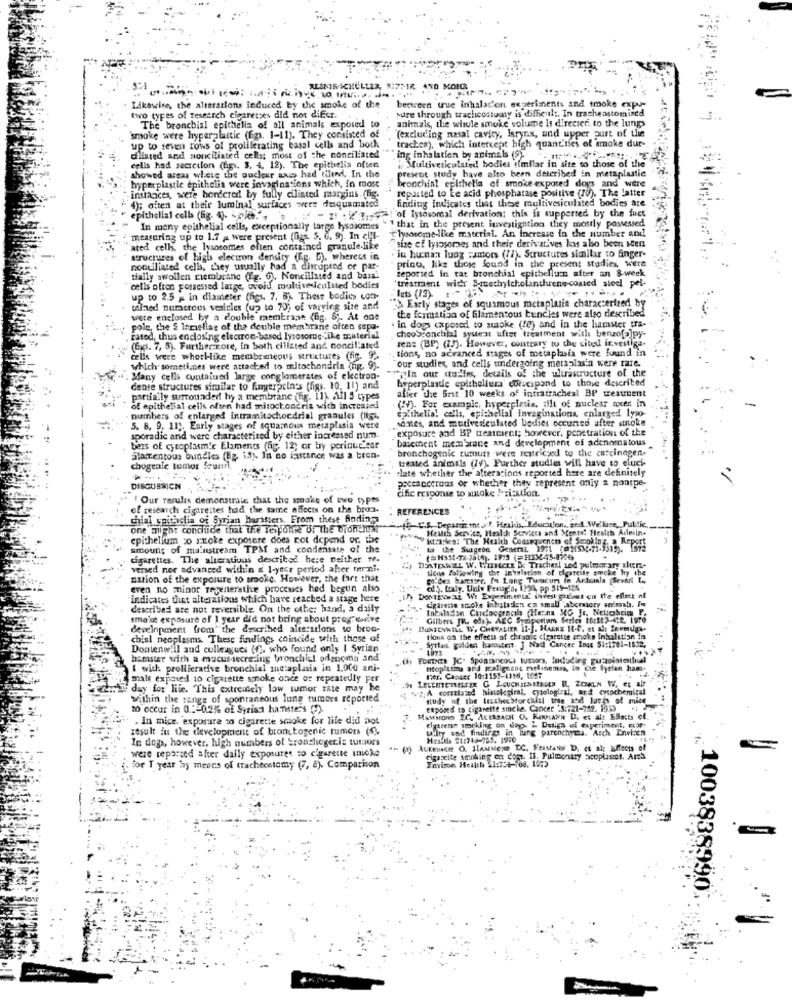
Likewise, the alterations induced by the smoke of the
between true inhalation experiments and smoke expo-
sure through tracheostomy is difficult. In tracheostomined
two types of research cigarettes did not difer.
animals, the whole smoke volume is direcier to the lungs
The bronchial epithelia of all animals exposed to
(excluding nasal cavity, larynx, and upper purt of the
'smoke were hyper-plastic (6gs. 1-11). They consisted of
up to seven rows of proliferating basal cells and both
trackea), which intercept high quant'ties of smoke dur-
dliated and sonciliated cells; most of the nonciliated
ing inhalation by animals (9).
cells had secretion (fig .. 3. 4, 12). The epithelia often
present study have also been described in metaplastic
a Multivesiculated bodies similar in site to those of the
showed areas where the pucleur axes had tilend, In the
bronchinl epithella of smoke exposed dogs and were
hyperplastle epithelis were invaginations which, in most
repasted to Ee acid phosphatase positive (70). The latter
instances, were hordered by fully cilisted margins. (Fig.
finding indicates that these multivesiculated bodies are
(); giten at their luminal surfaces were desquamated
"of lysosomal derivation: this is supported by the fuct
epithelial cells (6g. 4). pies."
In many epithelial cells, exceptionally targe lysosomes
1 that in the present investigation they mouly possessed
measuring up to 1.7 a were present (Gg5. 5. G. 9). In elfl-
"T'lysosome-like material. An Increase in the number and
ated cell, the lysosomes often contained granule-like
"size of lysosomes and their derivatives has also been seen
structures of high electron density (E.g. D), whereas in
. ju hunan luog =amors (11). Structures similar to finger-
print, like those found in the present studies, Were
nocuiliated cells, they usually had a disrupted or par-
reported in rat bronchial epitbellum after an 8-week
tially swollen membrane (fg. 6), Nonciliated and basa!
'treatraent wicht &-methylcholanthrene-coated atoel pel-
cells often possessed large, ovoid, multivniciluted bodies
up to 2.5 - In diameter (figs. 7, 8). These bodies con-
Buts (13).
taland numerous vesicles (up to 70; of varying size and
>Early stages of squamous metaplasia characterized by
were enclosed by a double membrane (fig. 5 ;. At one
in dogs exposed to sutoke (10) and in the hamster tra-
the formation of filamentous bundles were also described
polc, the S Inmellae of the double membrane often sepa-
cheoSconchial systeat ufter treatment with benzo[o]py-
rated, thus enclosing electron-based lysosome Like material
(6Ks. 7, 5). Further core, in both cilisted and nonciliated
tions, no advanced stages of metaplasia were found in
ren: (BP) (!). However, contrary to che cited investiga-
cells were whoth-like membraneous structures (fig. 92.
our studies, and cells undergoing metaplasia were rare.
which sometimes were attached to mitochondria (fig. 9).
Many cells contained large conglomerates of electron-
""In our studies, details of the uhurastructure of the
hyperplastie epitheliera cor.cipond to those described
dense structures similar to foyerprin's (figs. 10, 11) and
afier die Brst 10 weeks of intratracheal BP treatruent
partially surrounded hy a membrane (fig. 11), All 3 types
(4). For example, hyperplasie. iflt of nuclear axes in
of epithelial cells often had mitochondria with Increased
numbers of enlarged intramitochondrial granules (ligi.
.santes, and motivedieuluted bodies occurred after stroke
epithelial cells, epithelial invaginations, enlarged lyso-
5. 8, 9, 11), Early stages of squamous metaplasia were
exposure and BP treatcient; however, penetration of the
sporadic and were characterized by either increased num.
basement membrane and development of adenomatous
bers of cytoplasm'e Elaments (fig. 12; or bry perinuclear
bronchogenic cumuss were restricted to the carcinogen.
alamentous bundles (Ez, 13). In no fastance was a bron-
treated animals (14). Further studies will have to eluci-
chogeale tumor Seur
-late whether the alterations reported here are definitely
precancerous or whether they represent only a nonspe-
DISCUSSION
cific response to sutoke lyricstion.
" Our results demonstrate that the smake of
of research cigarettes had the same effects on the bron.
REFERENCES
chial spitaglia of Syrian harasters. From these findings
one might conduce that the response of the tronchet"
-te C.s. Departir ine.f. Health, Educkfon, and We'luse_Public
Health Service, Health Services and Mental Health Admiin.
Admin.
Chelium zo stoke exposere does not depend or the
1 - 14.7:43: The Health Consequences of Smoking a Repo
amount of mainstream TPM and condensate of the
to the Surgeon General 1971 (25)-7-1515). 64
Report
cigarettes. The alterations described here neither te.
versed nor advanced within a 1-year period after torni-
DESTIANEL W. WINECEE De Tracheal sed pulmonary slur.
tiens following the deyniation of cigareile amcke hy the
nation of the exposure to smoke. However, the fart that
Mo.Ca hamster, In Long Turacum in Actuala Severl L .,
kanla Sevar L
by the
eren no minor regenerathe procesics hed begun also
cl). tualy. Unly Perugia, 1234, pp 519-126
indicates that alterations which have reached a stage here
>> Domain as We Experiment' invest gallet on the effect of
Calreste smoke inhalation ca small laboratory animals. In
described are not reversible. On the other hand, a daily
Inhaladon Carcinogencils (Herna MG Jr. Netichrim P.
smoke exposure of 1 year did not bring about prov cative
Gilbert JR. oda.). ALC Symiporlam Serler 16:1:2 412. 1976
development from" the described alterations to broa-
BUTCANTLA W. CHEVALIER 11-], HANNE 11-0, et al fewmuga-
chial neoplasms. These findings coincide with those of
tions of the effects of chronic cigarette anoks inhalation in
Sprint golden hamastent. J Nad Cancer Inu 51:1701-1632.
Dontenw!il and colleagues (2, who found only | Syrian
hamster with a mucus-secre ing tronchiul odenomg and
(S) FORTHES JC- Spontancous turvary, Including guzzointestinal
& with proliferative bronchial metaplasia in 1.000 ani-
htop tics and malignant melinemas, in Cie Syrian ham.
mals exposed to cigarette smoke once or repeatedly per
Ier. Cancer 10:1151-1116, LE47
day for lite. This extremely low tumor rate may be
" A correlated hisolegical, cytological, ard eycochemical
Within the range of spontaneous lung tumors reported
study of the lasthebtorchial tree and luchs of mice
10 occur in 0.2-0.2% of Syria hamsters (7)
exposed to cigarette smoke. Cancer -3:721-782. 1933
In mice, exposure so cigarette smoke for life did not
HAMMOND EC, AREASACH O. KRKANN D. et alt Efects of.
result in the development of bron togenic tumors (5).
cigarette smoking on dop. i. Design of experiment, mar
tilty and findings in lung parenchymia. Arch Enwien
In dogs, however, high numbers of Sronchiogeris tutuors
were reported after daily exposures to cigarette sniche
Aukrusce O. Slassione DC. FessaNs D. et al; Effects of
cigarette smoking on com. IS. Pulmonary acoplase !. Ares
Environ Health 21:75t-7od, 1073
For T year hy meons of tracheostomy (7, 8). Comparison
1003838990